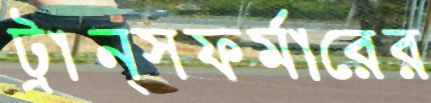
ট্রান্সফর্মারের